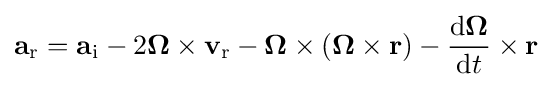
\mathbf {a} _{\mathrm {r} }=\mathbf {a} _{\mathrm {i} }-2{\boldsymbol {\Omega }}\times \mathbf {v} _{\mathrm {r} }-{\boldsymbol {\Omega }}\times ({\boldsymbol {\Omega }}\times \mathbf {r} )-{\frac {\mathrm {d} {\boldsymbol {\Omega }}}{\mathrm {d} t}}\times \mathbf {r}